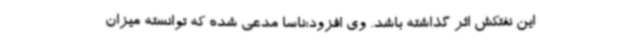
این نفتکش اثر گذاشته باشد. وی افزود:ناسا مدعی شده که توانسته میزان